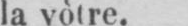
la vòtre.